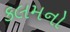
કલમનો